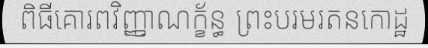
ពិធីគោរពវិញ្ញាណក្ខ័ន្ធ ព្រះបរមរតនកោដ្ឋ